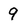
Character: 9